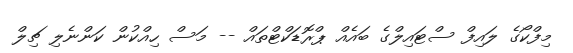
މިފްކޯގެ ލައިފް ސްޓައިލްގެ ބައެއް ޕްރޮޑަކްޓްތައް -- މަސް ހިއްކުން ކަންނެލި ޗިލް